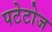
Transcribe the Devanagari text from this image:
पटेटोज